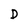
Character: D